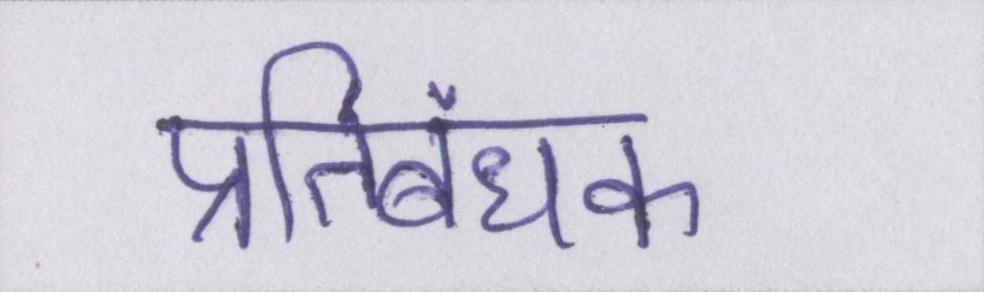
प्रतिबंधक